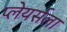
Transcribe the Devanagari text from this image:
प्लेयर्सला